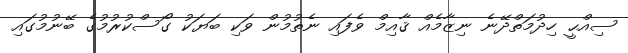
ސިއްޙީ ހިދުމަތްދޭނެ ނިޒާމެއް ޤާއިމް ވެފައި ނެތުމުން ވަކި ބަޔަކު ގޯސްކުރުމުގެ ބޭނުމުގައި